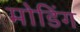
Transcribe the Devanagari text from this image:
मोडिंग